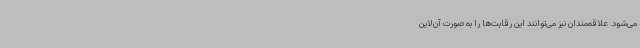
می‌شود. علاقه‌مندان نیز می‌توانند این رقابت‌ها را به صورت آن‌لاین